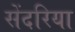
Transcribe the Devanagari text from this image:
सेंदरिया